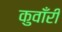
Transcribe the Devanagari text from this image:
कुवाँरी